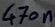
Text: 470n